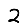
Digit: 2